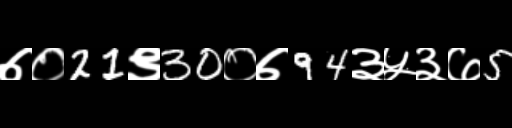
Text: ७०21९30०७94३५३७5